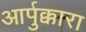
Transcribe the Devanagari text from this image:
आर्पुक्कारा